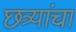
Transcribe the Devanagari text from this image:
छत्र्यांचा